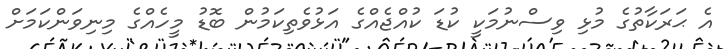
އެ ޙަރަކާތުގެ މުޅި ވިސްނުމަކީ ކުޑަ ކުއްޖެއްގެ އަޅުވެތިކަމުން ބޮޑު މީހެއްގެ މިނިވަންކަމަށް